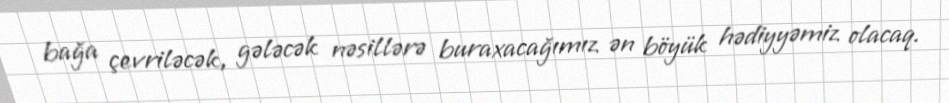
bağa çevriləcək, gələcək nəsillərə buraxacağımız ən böyük hədiyyəmiz olacaq.